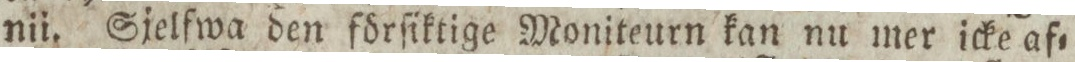
nii. Sjelfwa den förſiktige Moniteurn kan nu mer icke af=